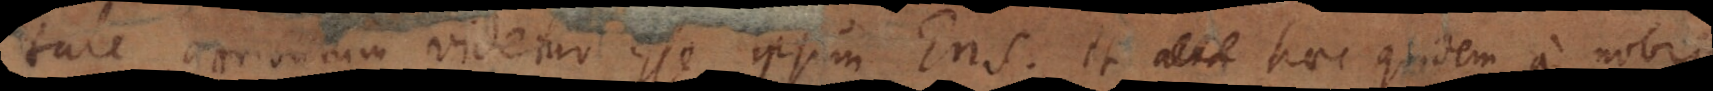
tale attributum videtur esse ipsum Ens, et haec quidem a nobis